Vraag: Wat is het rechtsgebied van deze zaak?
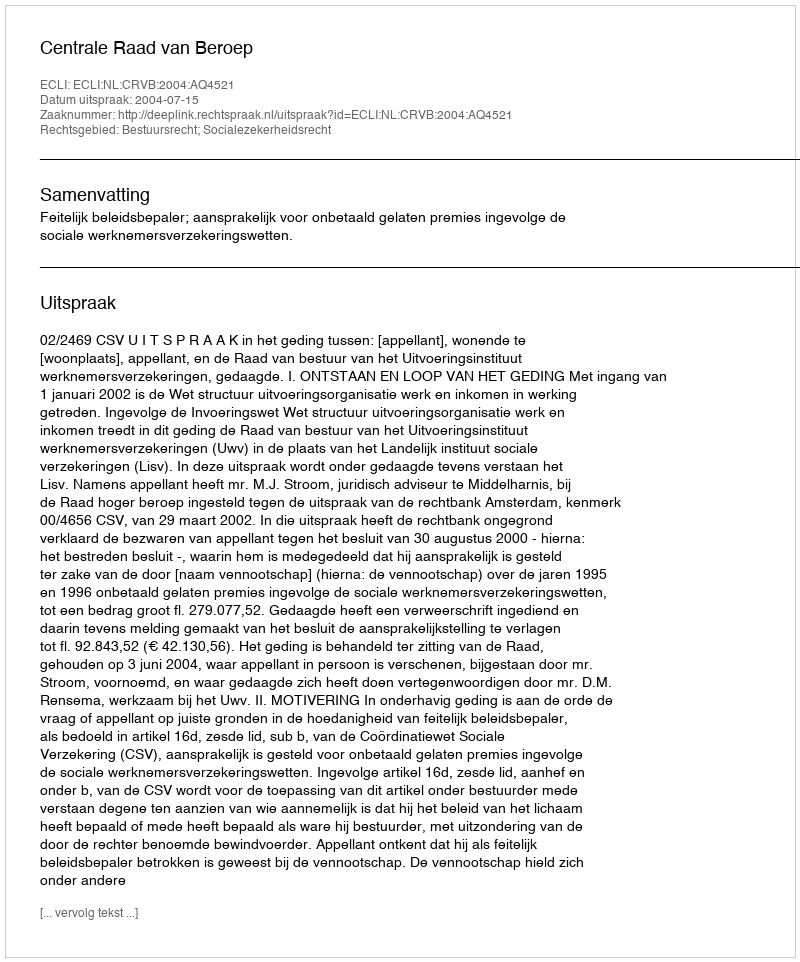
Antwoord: Bestuursrecht; Socialezekerheidsrecht